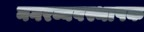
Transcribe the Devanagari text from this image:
नगरव्यवस्थापक